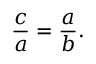
{ \frac { c } { a } } = { \frac { a } { b } } .